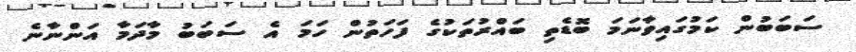
ސަބަބުން ކަމުގައިވާނަމަ ބޮޑެތި ބައްރުތަކުގެ ފަހަތުން ހަމަ އެ ސަބަބު މާދަމާ އަންނާނެ